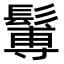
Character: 䰊